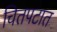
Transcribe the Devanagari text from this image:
चितपटात